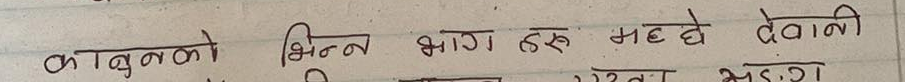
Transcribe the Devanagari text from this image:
कानुनको भिन्न भाग हरु मध्ये देवानी